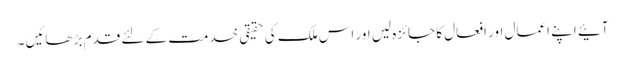
آئیے اپنے اعمال اور افعال کا جائزہ لیں اور اس ملک کی حقیقی خدمت کے لئے قدم بڑھائیں ۔